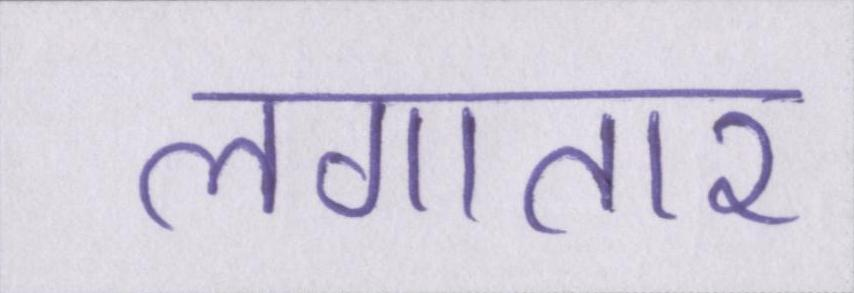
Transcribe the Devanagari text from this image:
लगातार